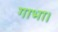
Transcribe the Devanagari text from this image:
गाभा।